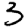
Digit: 3